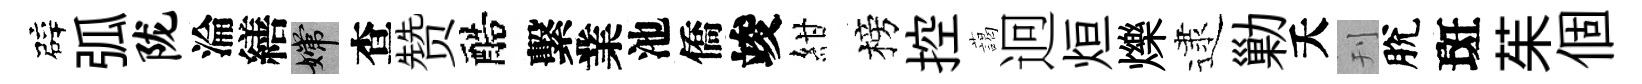
辟弧陇淪繕嫦查赞醅繫業池僑竣紺榜控藹迥烜爍逮勦夭刊脫斑茱個